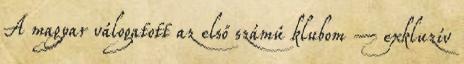
A magyar válogatott az első számú klubom – exkluzív